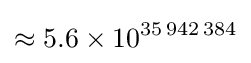
\approx 5.6\times 10^{35\,942\,384}